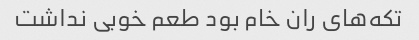
تکه‌های ران خام بود طعم خوبی نداشت